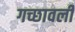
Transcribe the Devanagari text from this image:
गच्छावली